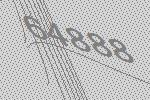
64888